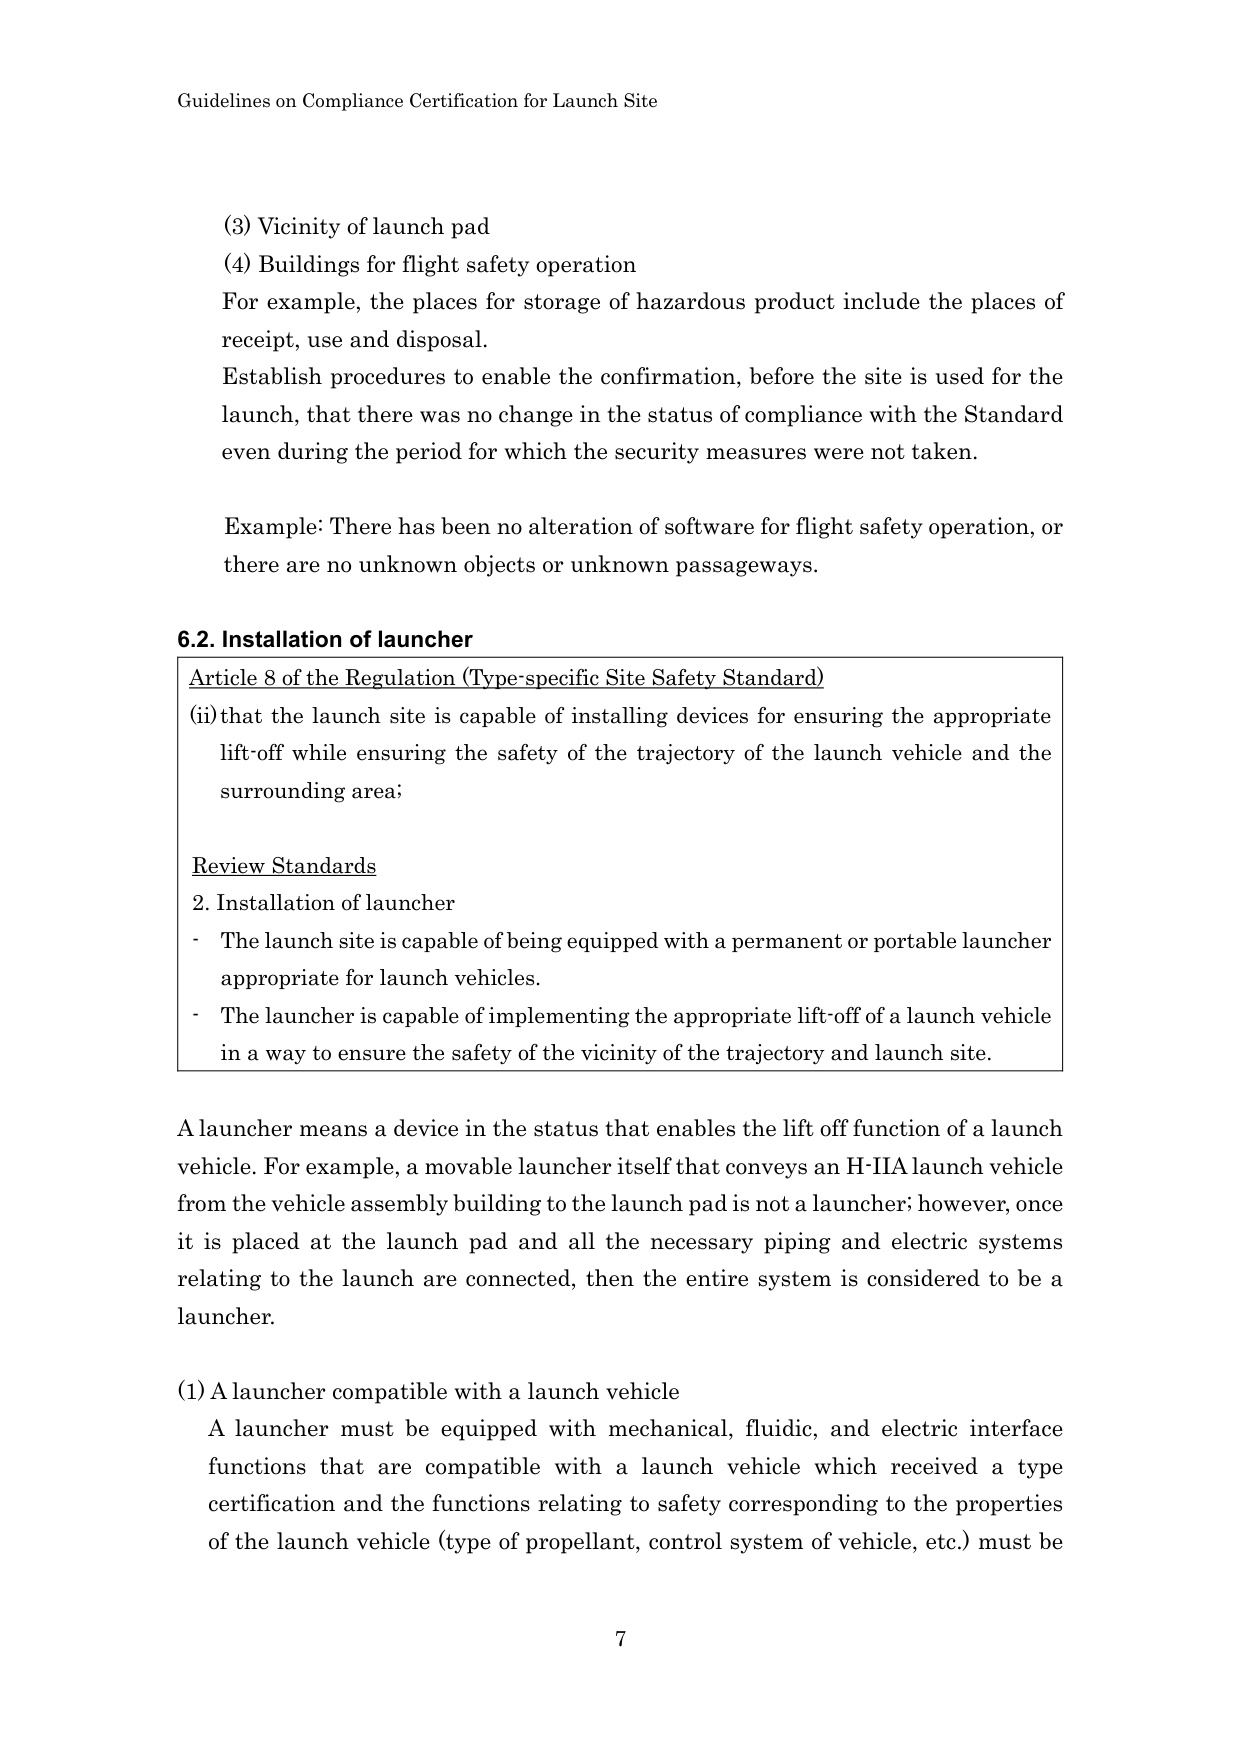
Guidelines on Compliance Certification for Launch Site

(3) Vicinity of launch pad
(4) Buildings for flight safety operation
For example, the places for storage of hazardous product include the places of receipt, use and disposal.
Establish procedures to enable the confirmation, before the site is used for the launch, that there was no change in the status of compliance with the Standard even during the period for which the security measures were not taken.

Example: There has been no alteration of software for flight safety operation, or there are no unknown objects or unknown passageways.

6.2. Installation of launcher
Article 8 of the Regulation (Type-specific Site Safety Standard)
(i) that the launch site is capable of installing devices for ensuring the appropriate lift-off while ensuring the safety of the trajectory of the launch vehicle and the surrounding area;

Review Standards
2. Installation of launcher
- The launch site is capable of being equipped with a permanent or portable launcher appropriate for launch vehicles.
- The launcher is capable of implementing the appropriate lift-off of a launch vehicle in a way to ensure the safety of the vicinity of the trajectory and launch site.

A launcher means a device in the status that enables the lift off function of a launch vehicle. For example, a movable launcher itself that conveys an H-IIA launch vehicle from the vehicle assembly building to the launch pad is not a launcher; however, once it is placed at the launch pad and all the necessary piping and electric systems relating to the launch are connected, then the entire system is considered to be a launcher.

(1) A launcher compatible with a launch vehicle
A launcher must be equipped with mechanical, fluidic, and electric interface functions that are compatible with a launch vehicle which received a type certification and the functions relating to safety corresponding to the properties of the launch vehicle (type of propellant, control system of vehicle, etc.) must be

7